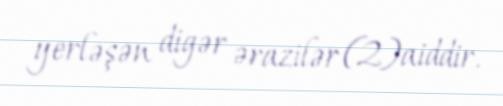
yerləşən digər ərazilər (2)aiddir.